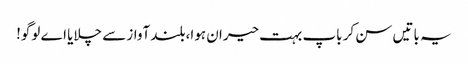
یہ باتیں سن کر باپ بہت حیران ہوا،بلند آواز سے چلایا اے لوگو!